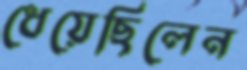
ধেয়েছিলেন